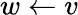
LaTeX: w\leftarrow v